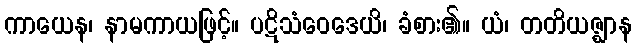
ကာယေန၊ နာမကာယဖြင့်။ ပဋိသံဝေဒေယိ၊ ခံစား၏။ ယံ၊ တတိယဇ္ဈာန